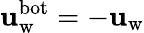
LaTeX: \mathbf{u}_{\mathrm{{w}}}^{\mathrm{{bot}}}=-\mathbf{u}_{\mathrm{{w}}}